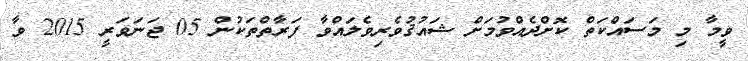
ވީމާ މި މަސައްކަތް ކޮށްދެއްވުމަށް ޝައުޤުވެރިވެލައްވާ ފަރާތްތަކުން 05 ޖަނަވަރީ 2015 ވާ